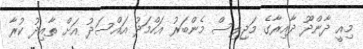
މިއީ ދާންދޫ ދާއިރާގެ މަޖިލިސް މެންބަރު އަހްމަދު އައްސަދު އަށް ތާއިދު ކުރާ